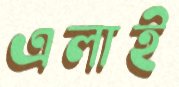
এলাই